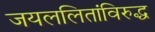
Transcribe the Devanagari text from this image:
जयललितांविरुद्ध